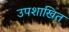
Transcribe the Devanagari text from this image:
उपशाखित